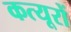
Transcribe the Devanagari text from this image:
कत्यूरों